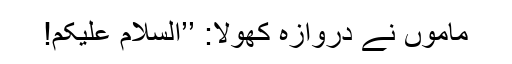
ماموں نے دروازہ کھولا: ’’السلام علیکم!